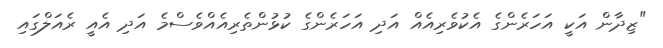
"ޒިދާން އަކީ އަހަރެންގެ އެކުވެރިއެއް އަދި އަހަރެންގެ ކުޅުންތެރިއެއްވެސްމެ އަދި އެއީ ރެއަލްގައި